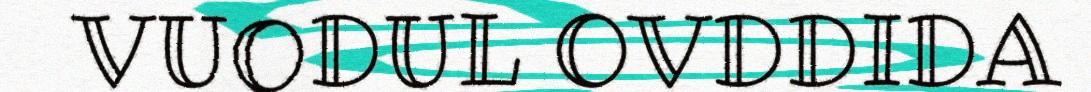
VUODUL OVDDIDA